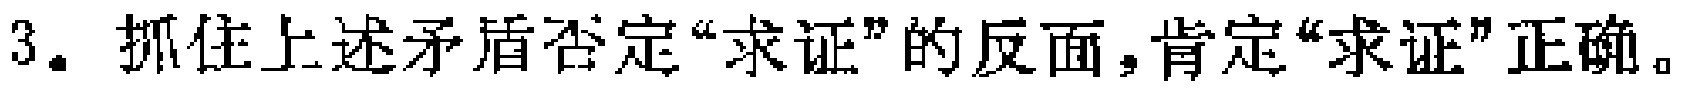
3. 抓住上述矛盾否定“求证”的反面，肯定“求证”正确。